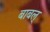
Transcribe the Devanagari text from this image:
बाबल्